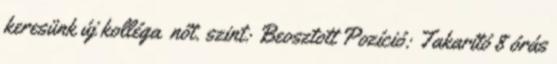
keresünk új kolléga nőt. szint: Beosztott Pozíció: Takarító 8 órás